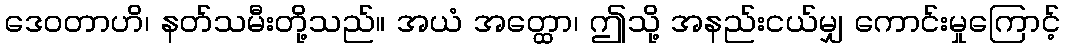
ဒေဝတာဟိ၊ နတ်သမီးတို့သည်။ အယံ အတ္ထော၊ ဤသို့ အနည်းငယ်မျှ ကောင်းမှုကြောင့်